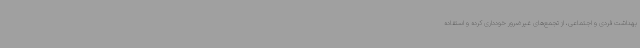
بهداشت فردی و اجتماعی، از تجمع‌های غیرضرور خودداری کرده و استفاده